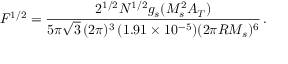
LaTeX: F ^ { 1 / 2 } = \frac { 2 ^ { 1 / 2 } N ^ { 1 / 2 } g _ { s } ( M _ { s } ^ { 2 } A _ { T } ) } { 5 \pi \sqrt { 3 } \, ( 2 \pi ) ^ { 3 } \, ( 1 . 9 1 \times 1 0 ^ { - 5 } ) ( 2 \pi R M _ { s } ) ^ { 6 } } \, .